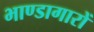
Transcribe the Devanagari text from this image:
भाण्डागारों